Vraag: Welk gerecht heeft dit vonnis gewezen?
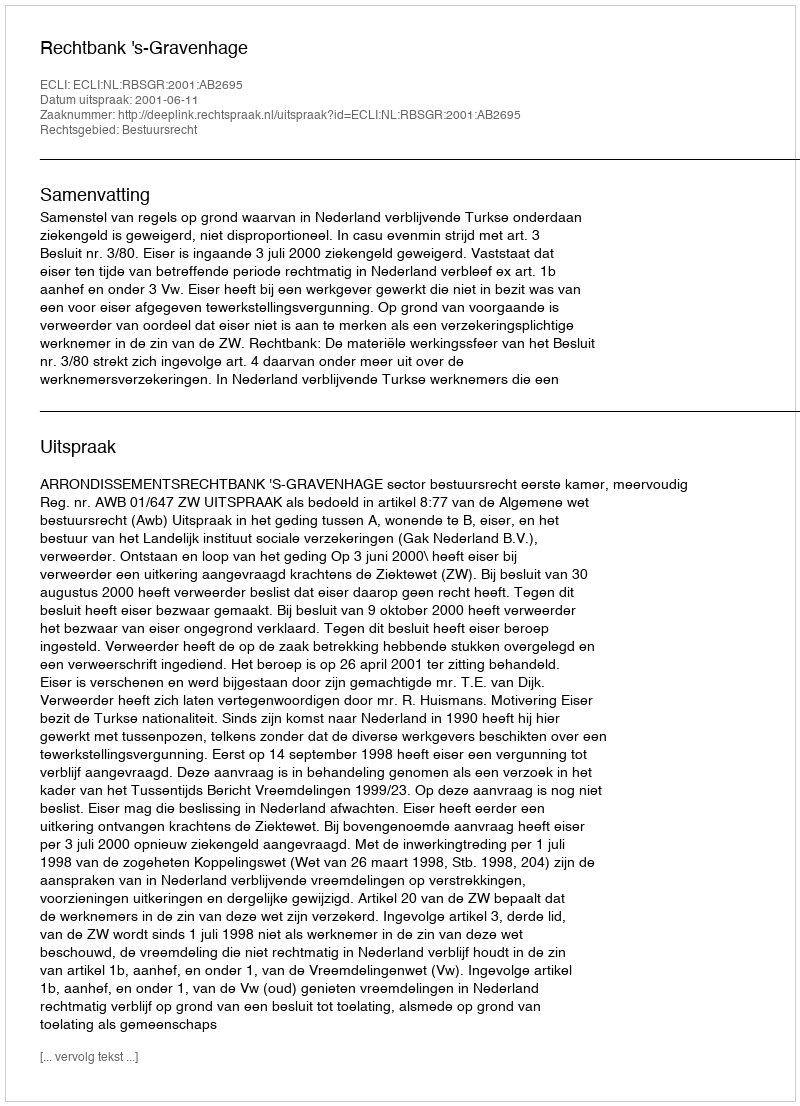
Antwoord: Rechtbank 's-Gravenhage